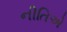
નીતિએ